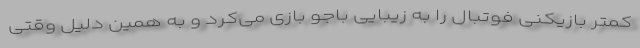
کمتر بازیکنی فوتبال را به زیبایی باجو بازی می‌کرد و به همین دلیل وقتی